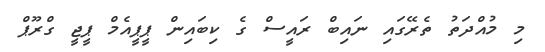
މި މުއްދަތު ތެރޭގައި ނައިބް ރައީސް ގެ ކިބައިން ޕީޕީއެމް ޕީޖީ ގްރޫޕް